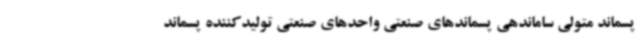
پسماند متولی ساماندهی پسماندهای صنعتی واحدهای صنعتی تولیدکننده پسماند